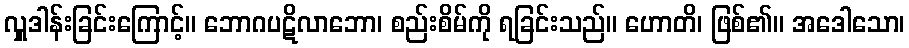
လှူဒါန်းခြင်းကြောင့်။ ဘောဂပဋိလာဘော၊ စည်းစိမ်ကို ရခြင်းသည်။ ဟောတိ၊ ဖြစ်၏။ အဒေါသော၊